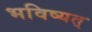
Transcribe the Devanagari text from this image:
भविष्यत्‌